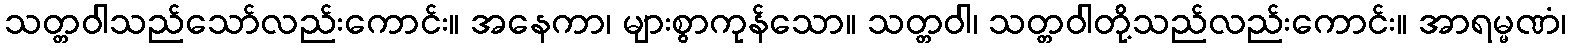
သတ္တဝါသည်သော်လည်းကောင်း။ အနေကာ၊ များစွာကုန်သော။ သတ္တဝါ၊ သတ္တဝါတို့သည်လည်းကောင်း။ အာရမ္မဏံ၊